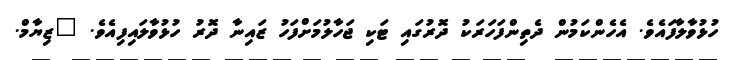
ހުޅުވާލާފައެވެ. އެހެންކަމުން ދެތިންފަހަރަކު ދޮރުގައި ޓަކި ޖަހާލުމަށްފަހު ޒައިނާ ދޮރު ހުޅުވާލައިފިއެވެ. "ޒިޔާމް.